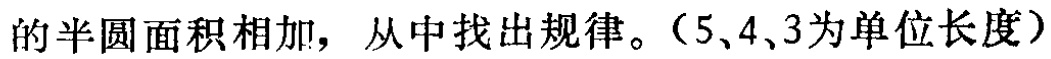
的半圆面积相加，从中找出规律。（5、4、3为单位长度）